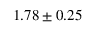
1 . 7 8 \pm 0 . 2 5